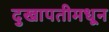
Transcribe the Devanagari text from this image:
दुखापतीमधून